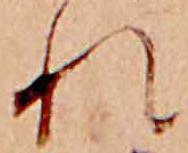
れ